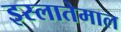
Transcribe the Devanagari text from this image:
इस्लातेमाल